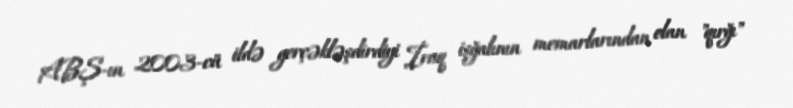
ABŞ-ın 2003-cü ildə gerçəkləşdirdiyi İraq işğalının memarlarından olan "qırğı"